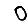
Digit: 0